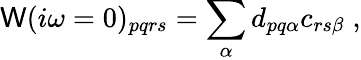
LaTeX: \mathsf{W}(i\omega=0)_{pqrs}=\sum_{\alpha}d_{pq\alpha}c_{rs\beta}\; ,